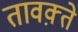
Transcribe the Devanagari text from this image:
तावक़्ते